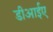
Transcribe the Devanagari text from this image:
डीआईए